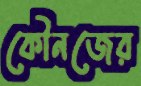
কৌনজের